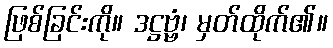
ဖြစ်ခြင်းကို။ ဒဋ္ဌဗ္ဗံ၊ မှတ်ထိုက်၏။